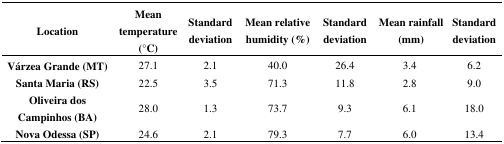
| Location | Mean temperature (°C) | Standard deviation | Mean relative humidity (%) | Standard deviation | Mean rainfall (mm) | Standard deviation |
 | --- | --- | --- | --- | --- | --- | --- |
 | Várzea Grande (MT) | 27.1 | 2.1 | 40.0 | 26.4 | 3.4 | 6.2 |
 | Santa Maria (RS) | 22.5 | 3.5 | 71.3 | 11.8 | 2.8 | 9.0 |
 | Oliveira dos Campinhos (BA) | 28.0 | 1.3 | 73.7 | 9.3 | 6.1 | 18.0 |
 | Nova Odessa (SP) | 24.6 | 2.1 | 79.3 | 7.7 | 6.0 | 13.4 |